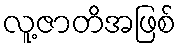
လူ့ဇာတိအဖြစ်